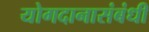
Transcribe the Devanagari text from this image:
योगदानासंबंधी